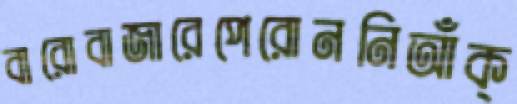
বারোবাজারেপেরোননিআঁক্